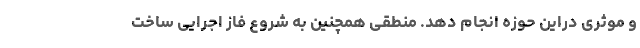
و موثری در‌این حوزه انجام دهد. منطقی همچنین به شروع فاز اجرایی ساخت